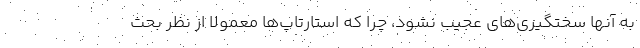
به آنها سختگیری‌های عجیب نشود، چرا که استارتاپ‌ها معمولا از نظر بحث